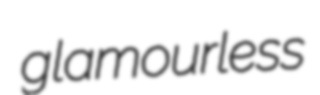
glamourless